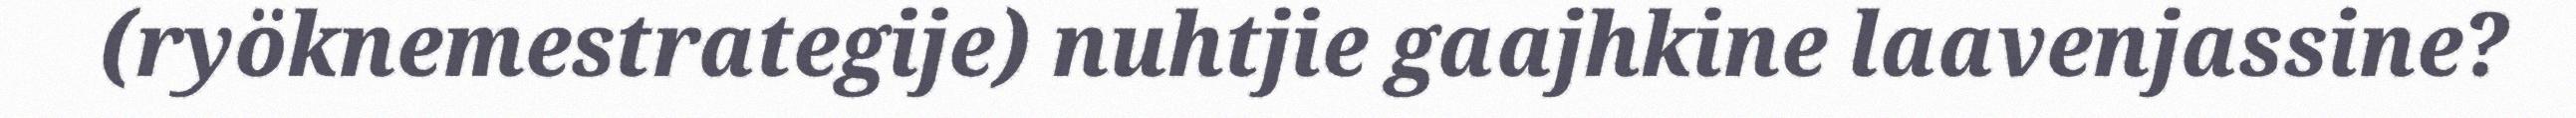
(ryöknemestrategije) nuhtjie gaajhkine laavenjassine?